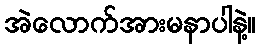
အဲလောက်အားမနာပါနဲ့။